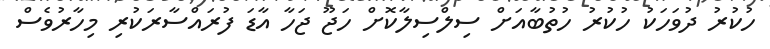
ހުކުރު ދުވަހަކު ހުކުރު ހުތުބާއަށް ސިލްސިލާކޮށް ހަޖޫ ޖަހާ އާޑަ ފުރައްސާރަކުރި މިހާރުވެސް